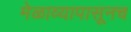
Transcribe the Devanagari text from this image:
मेळाव्यापासूनच